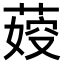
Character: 𦶞